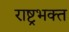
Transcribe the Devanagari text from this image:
राष्ट्रभक्त